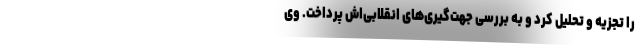
را تجزیه و تحلیل کرد و به بررسی جهت‌گیری‌های انقلابی‌اش پرداخت. وی